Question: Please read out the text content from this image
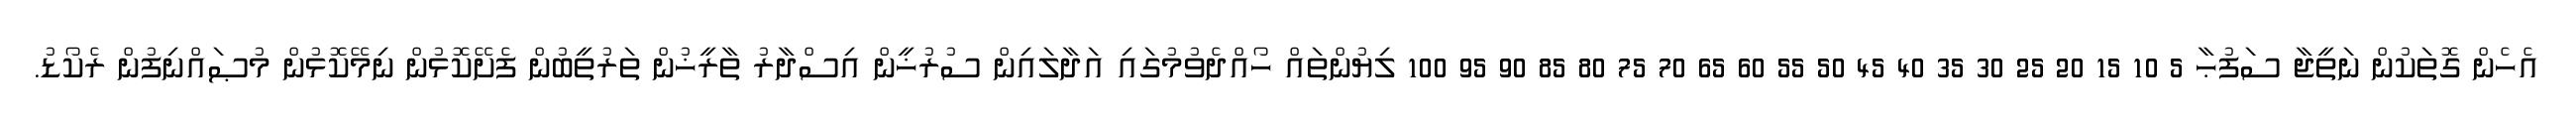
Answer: އެހެން ގޮތަކުން ނަތީޖާ ސަފުޙާ 5 10 15 20 25 30 35 40 45 50 55 60 65 70 75 80 85 90 95 100 ލިޔުންތައް ހޯއްދެވުމުގައި އަދާލައިން ސުރުޚީން އިސްދާރު ތާރީޚުން ތަރުތީބުން ފެށޭކޮޅުން ނިމޭކޮޅުން މުޞައްނިފުން ރެކޯޑު.